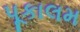
પૂકાલમ